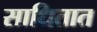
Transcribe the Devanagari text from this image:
साधितात